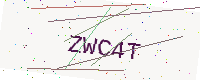
Text: ZWC4T